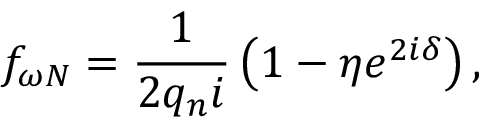
f _ { \omega N } = \frac { 1 } { 2 q _ { n } i } \left( 1 - \eta e ^ { 2 i \delta } \right) ,